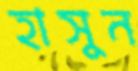
হাসুন